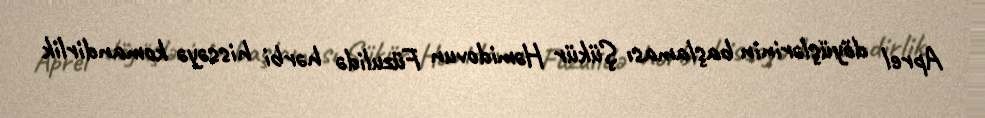
Aprel döyüşlərinin başlaması Şükür Həmidovun Füzulidə hərbi hissəyə komandirlik